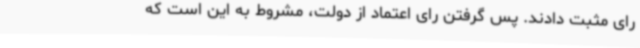
رای مثبت دادند. پس گرفتن رای اعتماد از دولت، مشروط به این است که